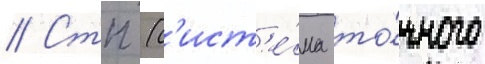
// Стп (с'ист'е́ма то́чного